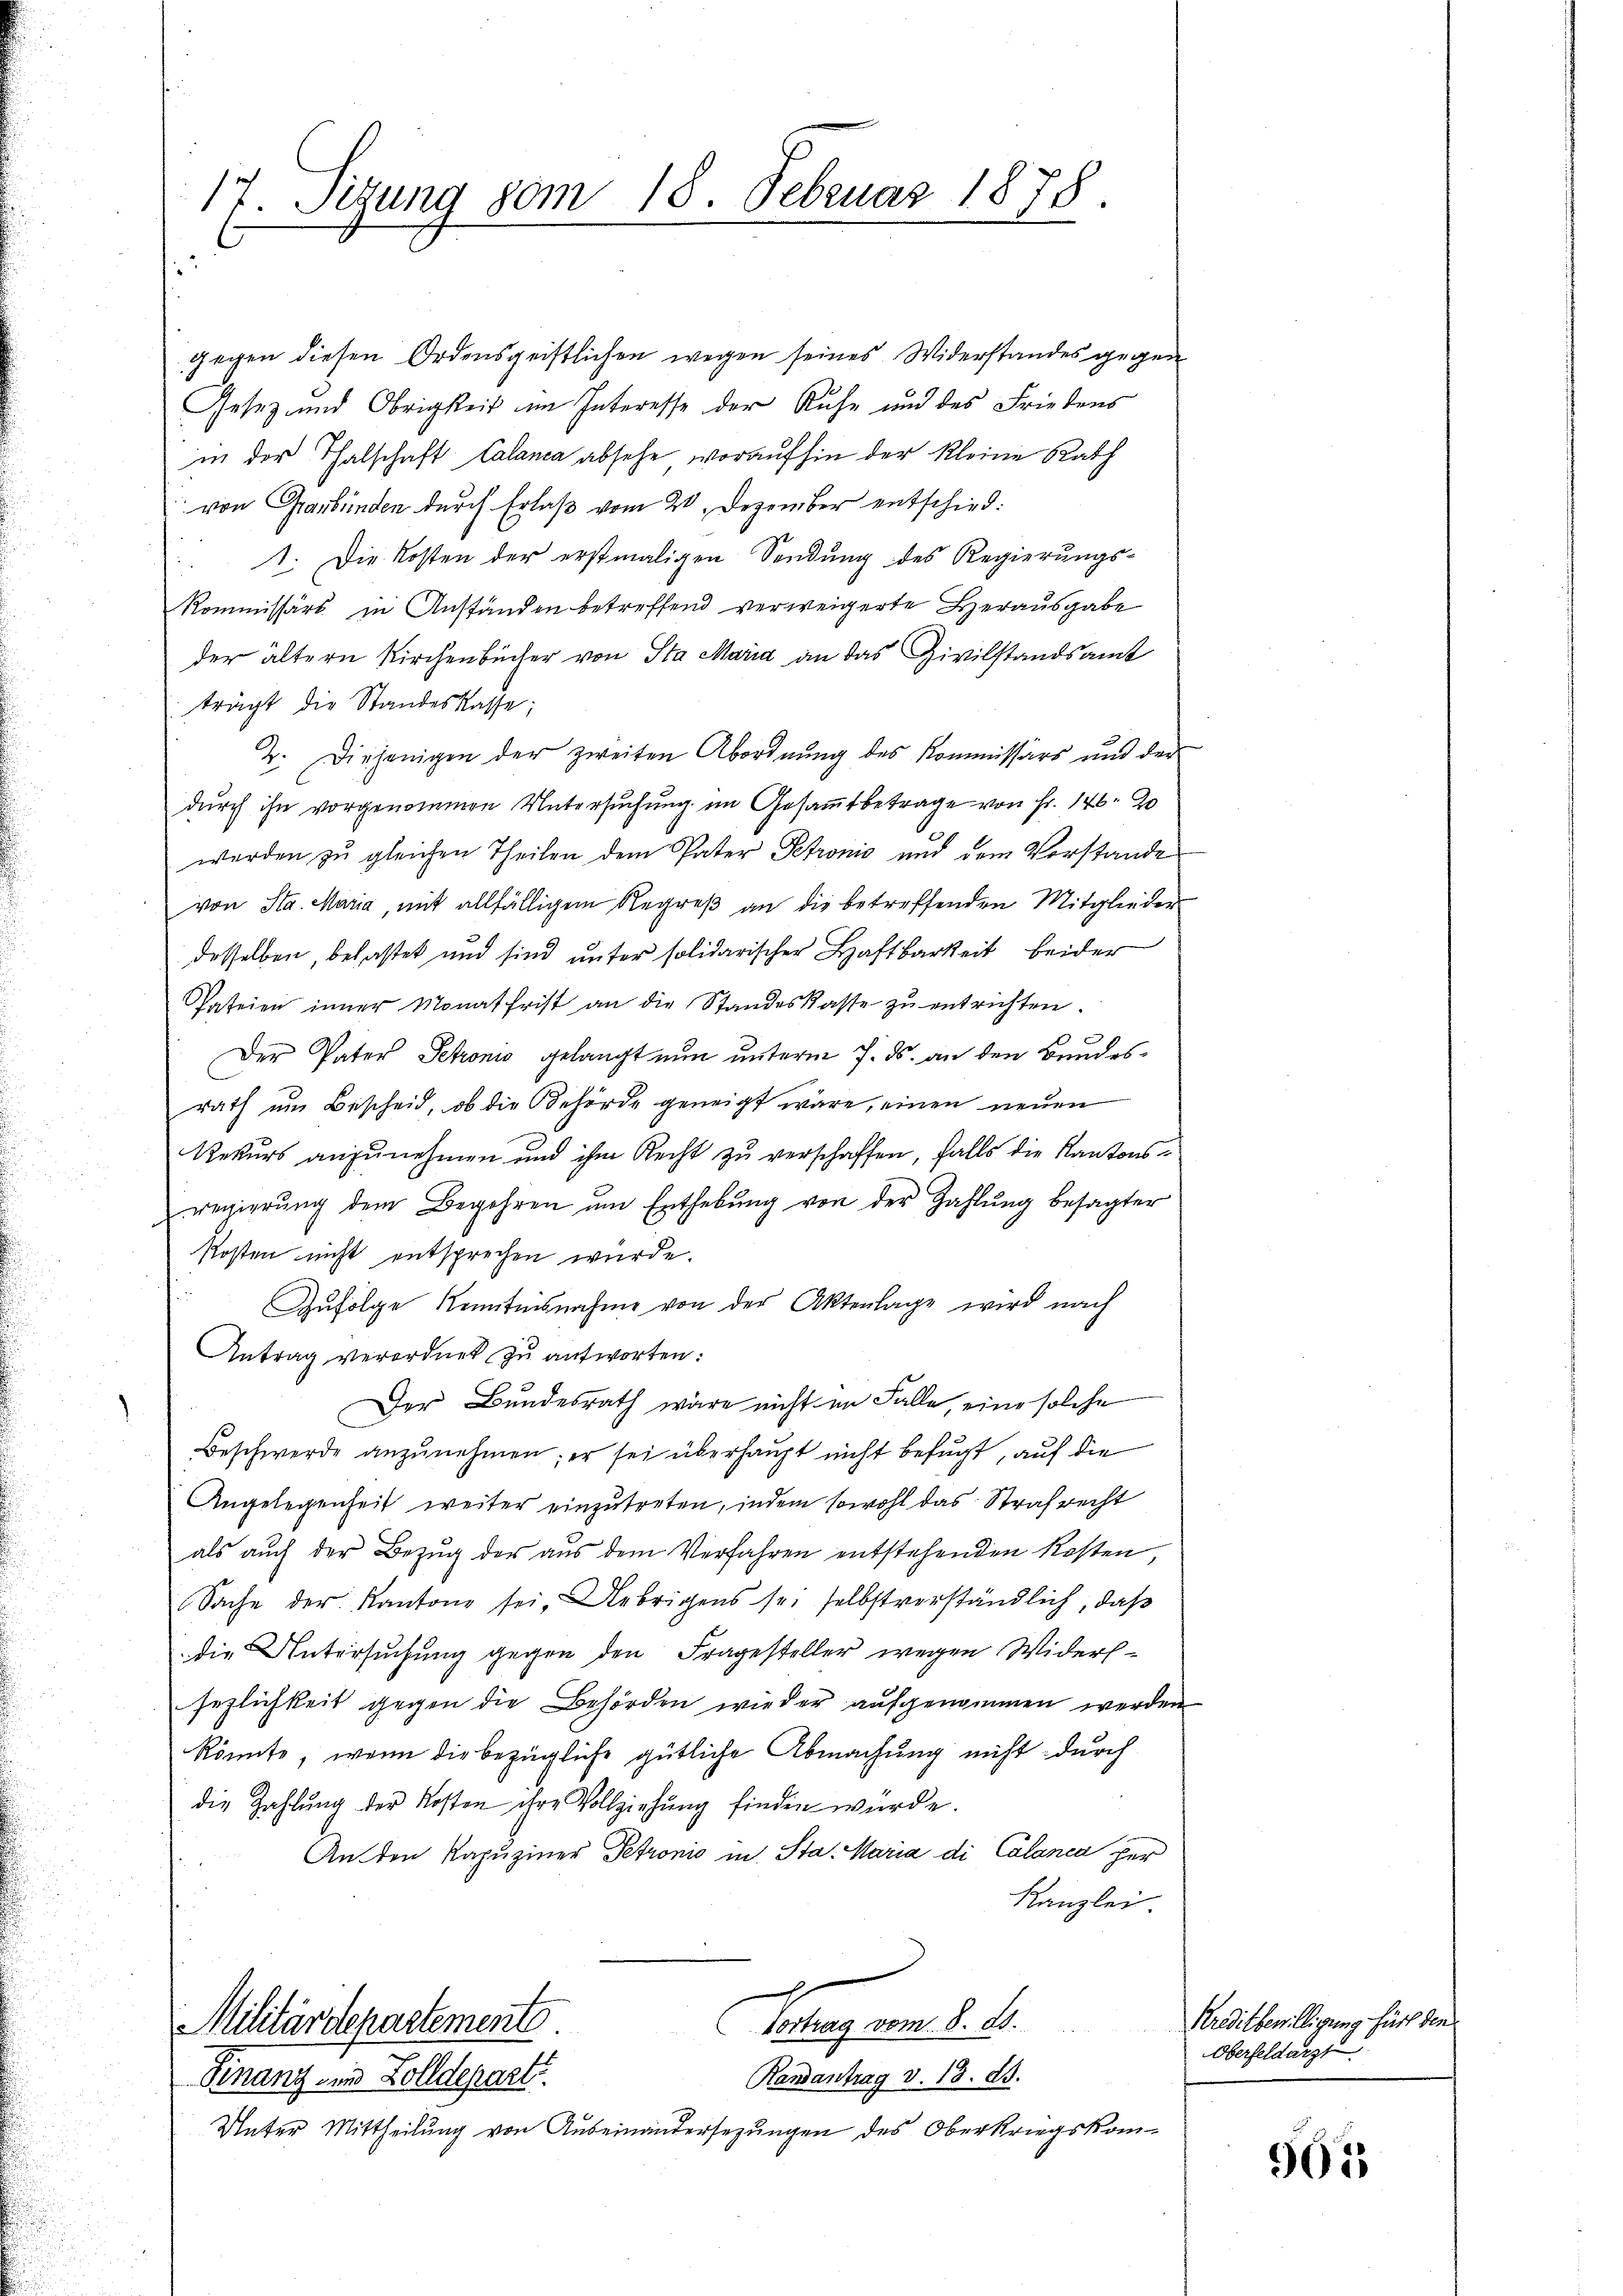
17. Sezung vom 18. Februar 1878.

gegen diesen Ordensgeistlichen wegen seines Widerstandes gegen
Gesetz und Obrigkeit im Interesse der Ruhe und des Friedens
in der Halschaft Calanca absehe, woraufhin der Kleine Rath
von Graubünden durch Erlaß vom 20. Dezember entschied.
1. Die Kosten der erstmaligen Sendung des Regierungs-
Kommissärs in Anständen betreffend verweigerte Herausgabe
der ältern Kirchenbücher von Sta Maria an das Zivilstandsamt
trägt die Standeskasse;
2. Diejenigen der zweiten Abordnung des Kommissärs und der
durch ihn vorgenommen Untersuchung im Gesamtbetrage von Fr. 176. 20
werden zu gleichen Theilen dem Pater Petronis und dem Vorstande
von Sta. Maria, mit allfälligen Regreß an die betreffenden Mitglieder
desselben, belastet und sind unter solidarischer Haftbarkeit beider
Chateien inner Monat frist an die Standeskasse zŭ entrichten.
Der Pater Petroni gelangt nun unterm 7. ds. an den Bundesrath um Bescheid, ob die Behörde geneigt wäre, einen neuen
Rekurs anzunehmen und ihm Recht zu verschaffen, falls die Kantonsregierŭng dem Begehren ŭm Enthebŭng von der Zahlŭng besagter
kosten nicht entsprechen wurde.
Zufolge Kenntnisnahme von der Aktenlage wird nach
Antrag verordnet zu antworten:
Der Bundesrath wäre nicht im Falle, eine solche
Beschwerde anzunehmen; er sei überhaupt nicht befugt, auf die
Angelegenheit weiter einzutreten, indem sowohl das Strafrecht
als auch der Bezug der aus dem Verfahren entstehenden Kosten
Sache der Kantone sei. Uebrigens sei selbstverständlich, daß
die Untersuchung gegen den Fragesteller wegen Widerssezlichkeit gegen die Behörden wieder aufgenommen werden
könnte, wenn die bezügliche gütliche Abmachung nicht durch
die Zahlung der Kosten ihre Vollziehung finden würde.
Anden Kapuziner Petronio in Sta. Maria di Calanca per
Kanzlei
Perung vom 8. 1.
Militärdepartements
Randantrag v. 18. ds.
Finanz- und Zolldeparti
Unter Mittheilung von Auseinandersezungen des Oberkriegskom-

Kreditbewilligung für die
Oberfeldarzt

561